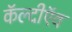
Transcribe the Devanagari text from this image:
कॅल्दीऍव